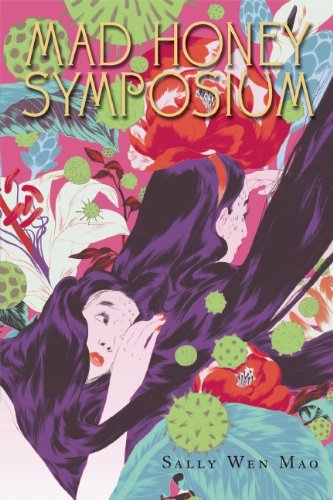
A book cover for Mad Honey Symposium; Sally Wen Mao; Literature & Fiction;